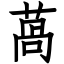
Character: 萵